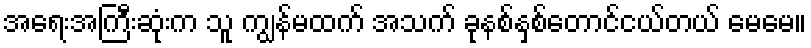
အရေးအကြီးဆုံးက သူ ကျွန်မထက် အသက် ခုနစ်နှစ်တောင်ငယ်တယ် မေမေ။